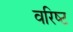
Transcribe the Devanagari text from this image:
वरिष्‍ट